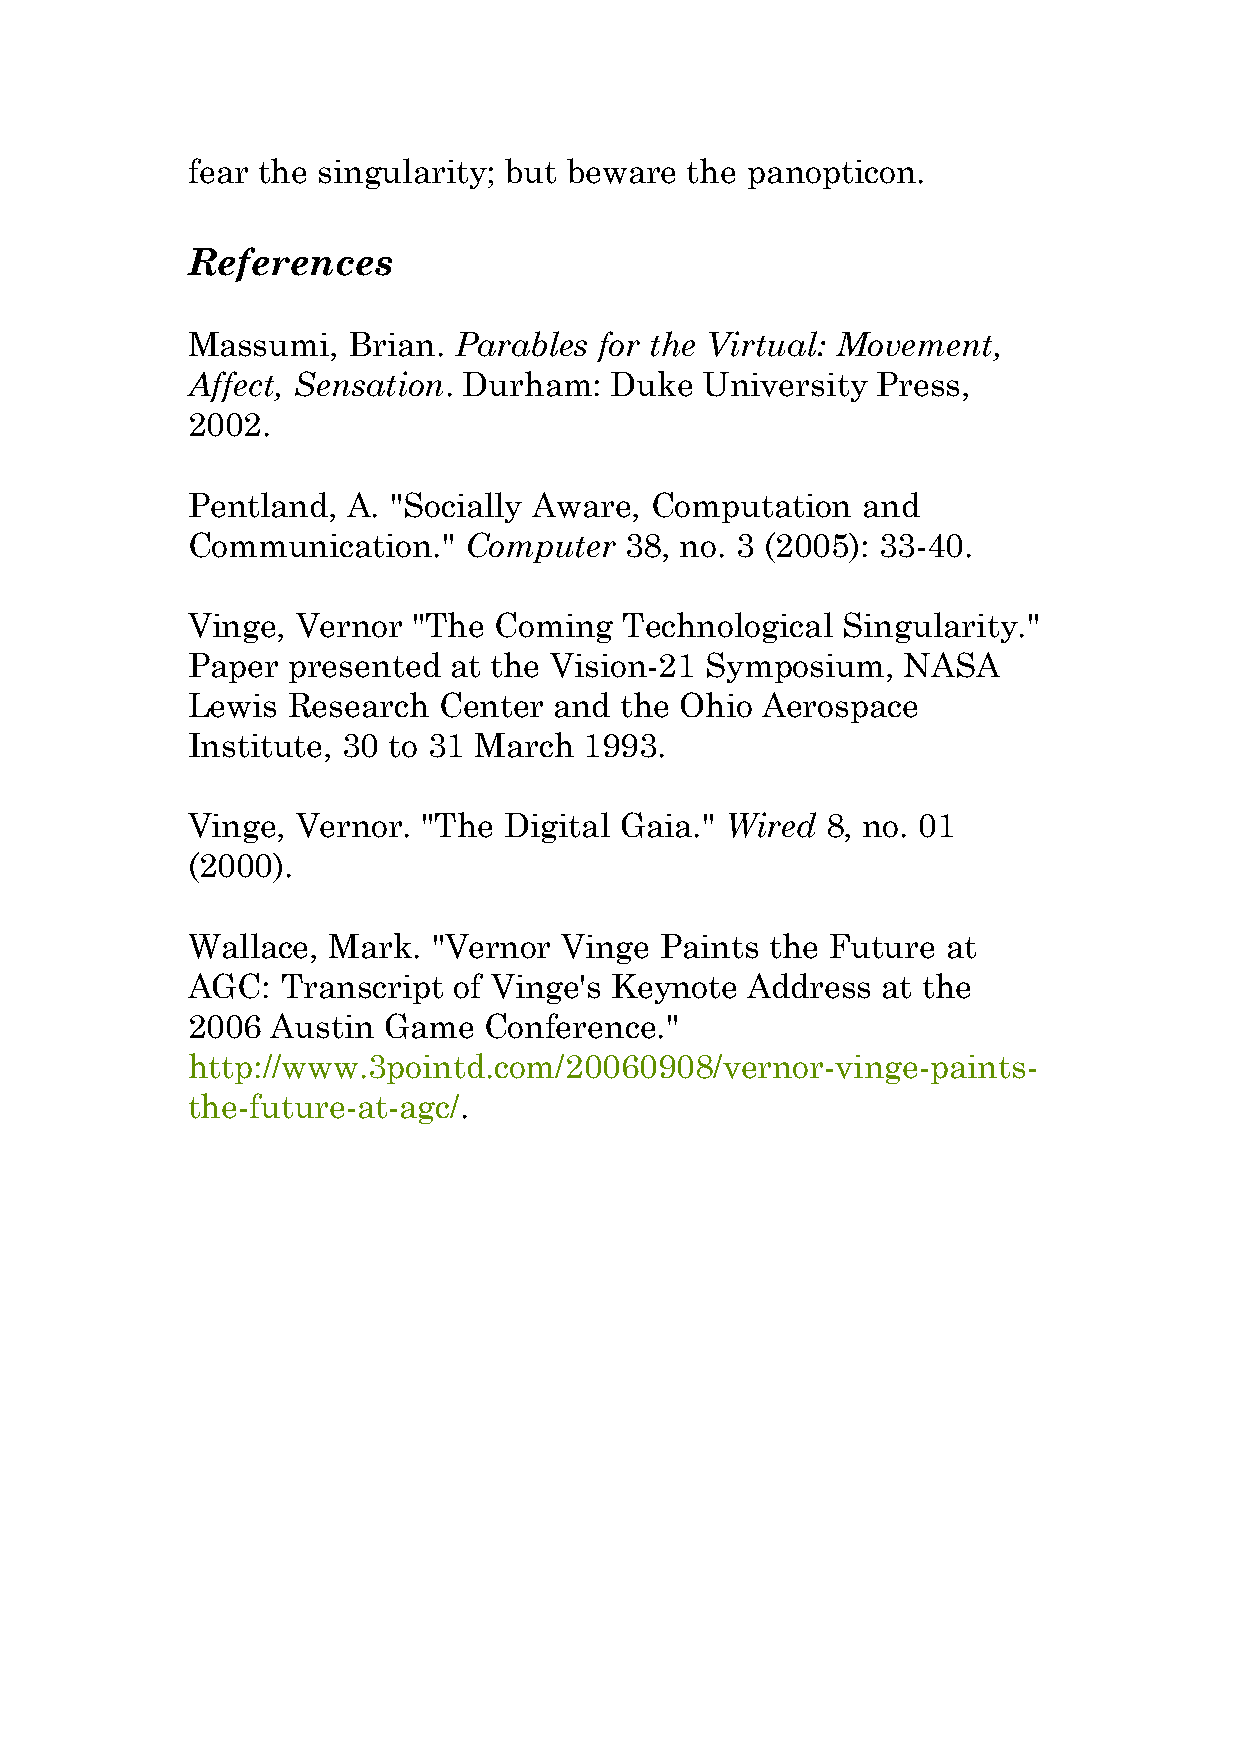
fear the singularity; but beware the panopticon.
 []
 References
 Massumi,   Brian. Parables  for the Virtual: Movement,
 Affect, Sensation. Durham:  Duke   University Press,
 2002.
 Pentland,  A. "Socially Aware, Computation   and
 Communication."    Computer  38, no. 3 (2005): 33-40.
 Vinge,  Vernor "The  Coming  Technological  Singularity."
 Paper  presented  at the Vision-21 Symposium,   NASA
 Lewis  Research  Center  and the Ohio Aerospace
 Institute, 30 to 31 March  1993.
 Vinge,  Vernor. "The Digital Gaia." Wired  8, no. 01
 (2000).
 Wallace,  Mark.  "Vernor Vinge  Paints the Future  at
 AGC:   Transcript of Vinge's Keynote Address  at the
 2006  Austin Game   Conference."
 http://www.3pointd.com/20060908/vernor-vinge-paints-
 the-future-at-agc/.